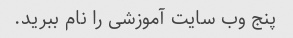
پنج وب سایت آموزشی را نام ببرید.